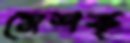
মেশক্